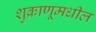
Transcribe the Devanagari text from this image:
शुक्राणूमधील